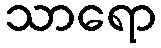
သာရော